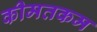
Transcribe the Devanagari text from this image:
कीमतकम